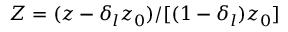
Z = ( z - \delta _ { l } z _ { 0 } ) / [ ( 1 - \delta _ { l } ) z _ { 0 } ]